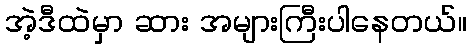
အဲ့ဒီထဲမှာ ဆား အများကြီးပါနေတယ်။